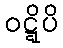
ဝဋ္ဋိပိ